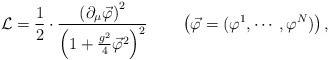
LaTeX: \begin{align*}{\cal L}=\frac{1}{2}\cdot\frac{\left(\partial_{\mu}\vec{\varphi}\right)^2}{\left(1+\frac{g^2}{4}\vec{\varphi}^2\right)^2} \qquad\left(\vec{\varphi}=(\varphi^1,\cdots, \varphi^N)\right),\end{align*}